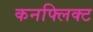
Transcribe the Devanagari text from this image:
कनफ्लिक्ट